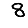
Digit: 8